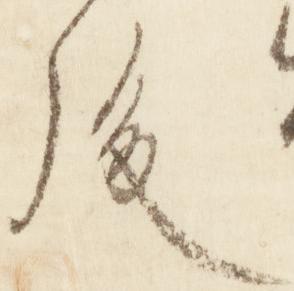
後